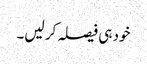
خود ہی فیصلہ کر لیں۔